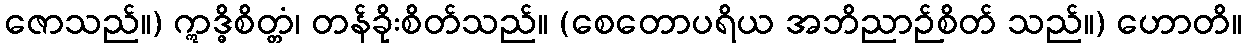
ဇောသည်။) ဣဒ္ဓိစိတ္တံ၊ တန်ခိုးစိတ်သည်။ (စေတောပရိယ အဘိညာဉ်စိတ် သည်။) ဟောတိ။